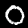
Digit: 0